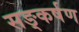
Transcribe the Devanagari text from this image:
सङ्कर्षण